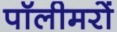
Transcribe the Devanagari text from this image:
पॉलीमरों